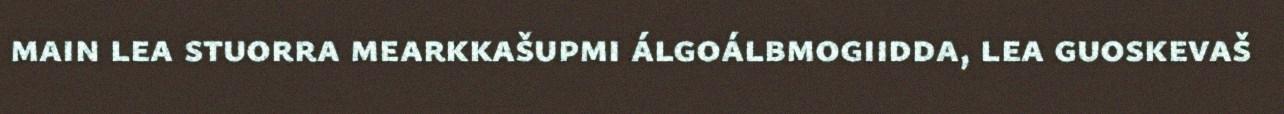
main lea stuorra mearkkašupmi álgoálbmogiidda, lea guoskevaš